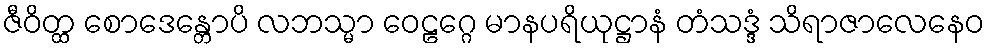
ဇီဝိတ္ထ စောဒေန္တောပိ လဘသ္မာ ဝေဠဂ္ဂေ မာနပရိယုဋ္ဌာနံ တံသဒ္ဒံ သိရာဇာလေနေဝ